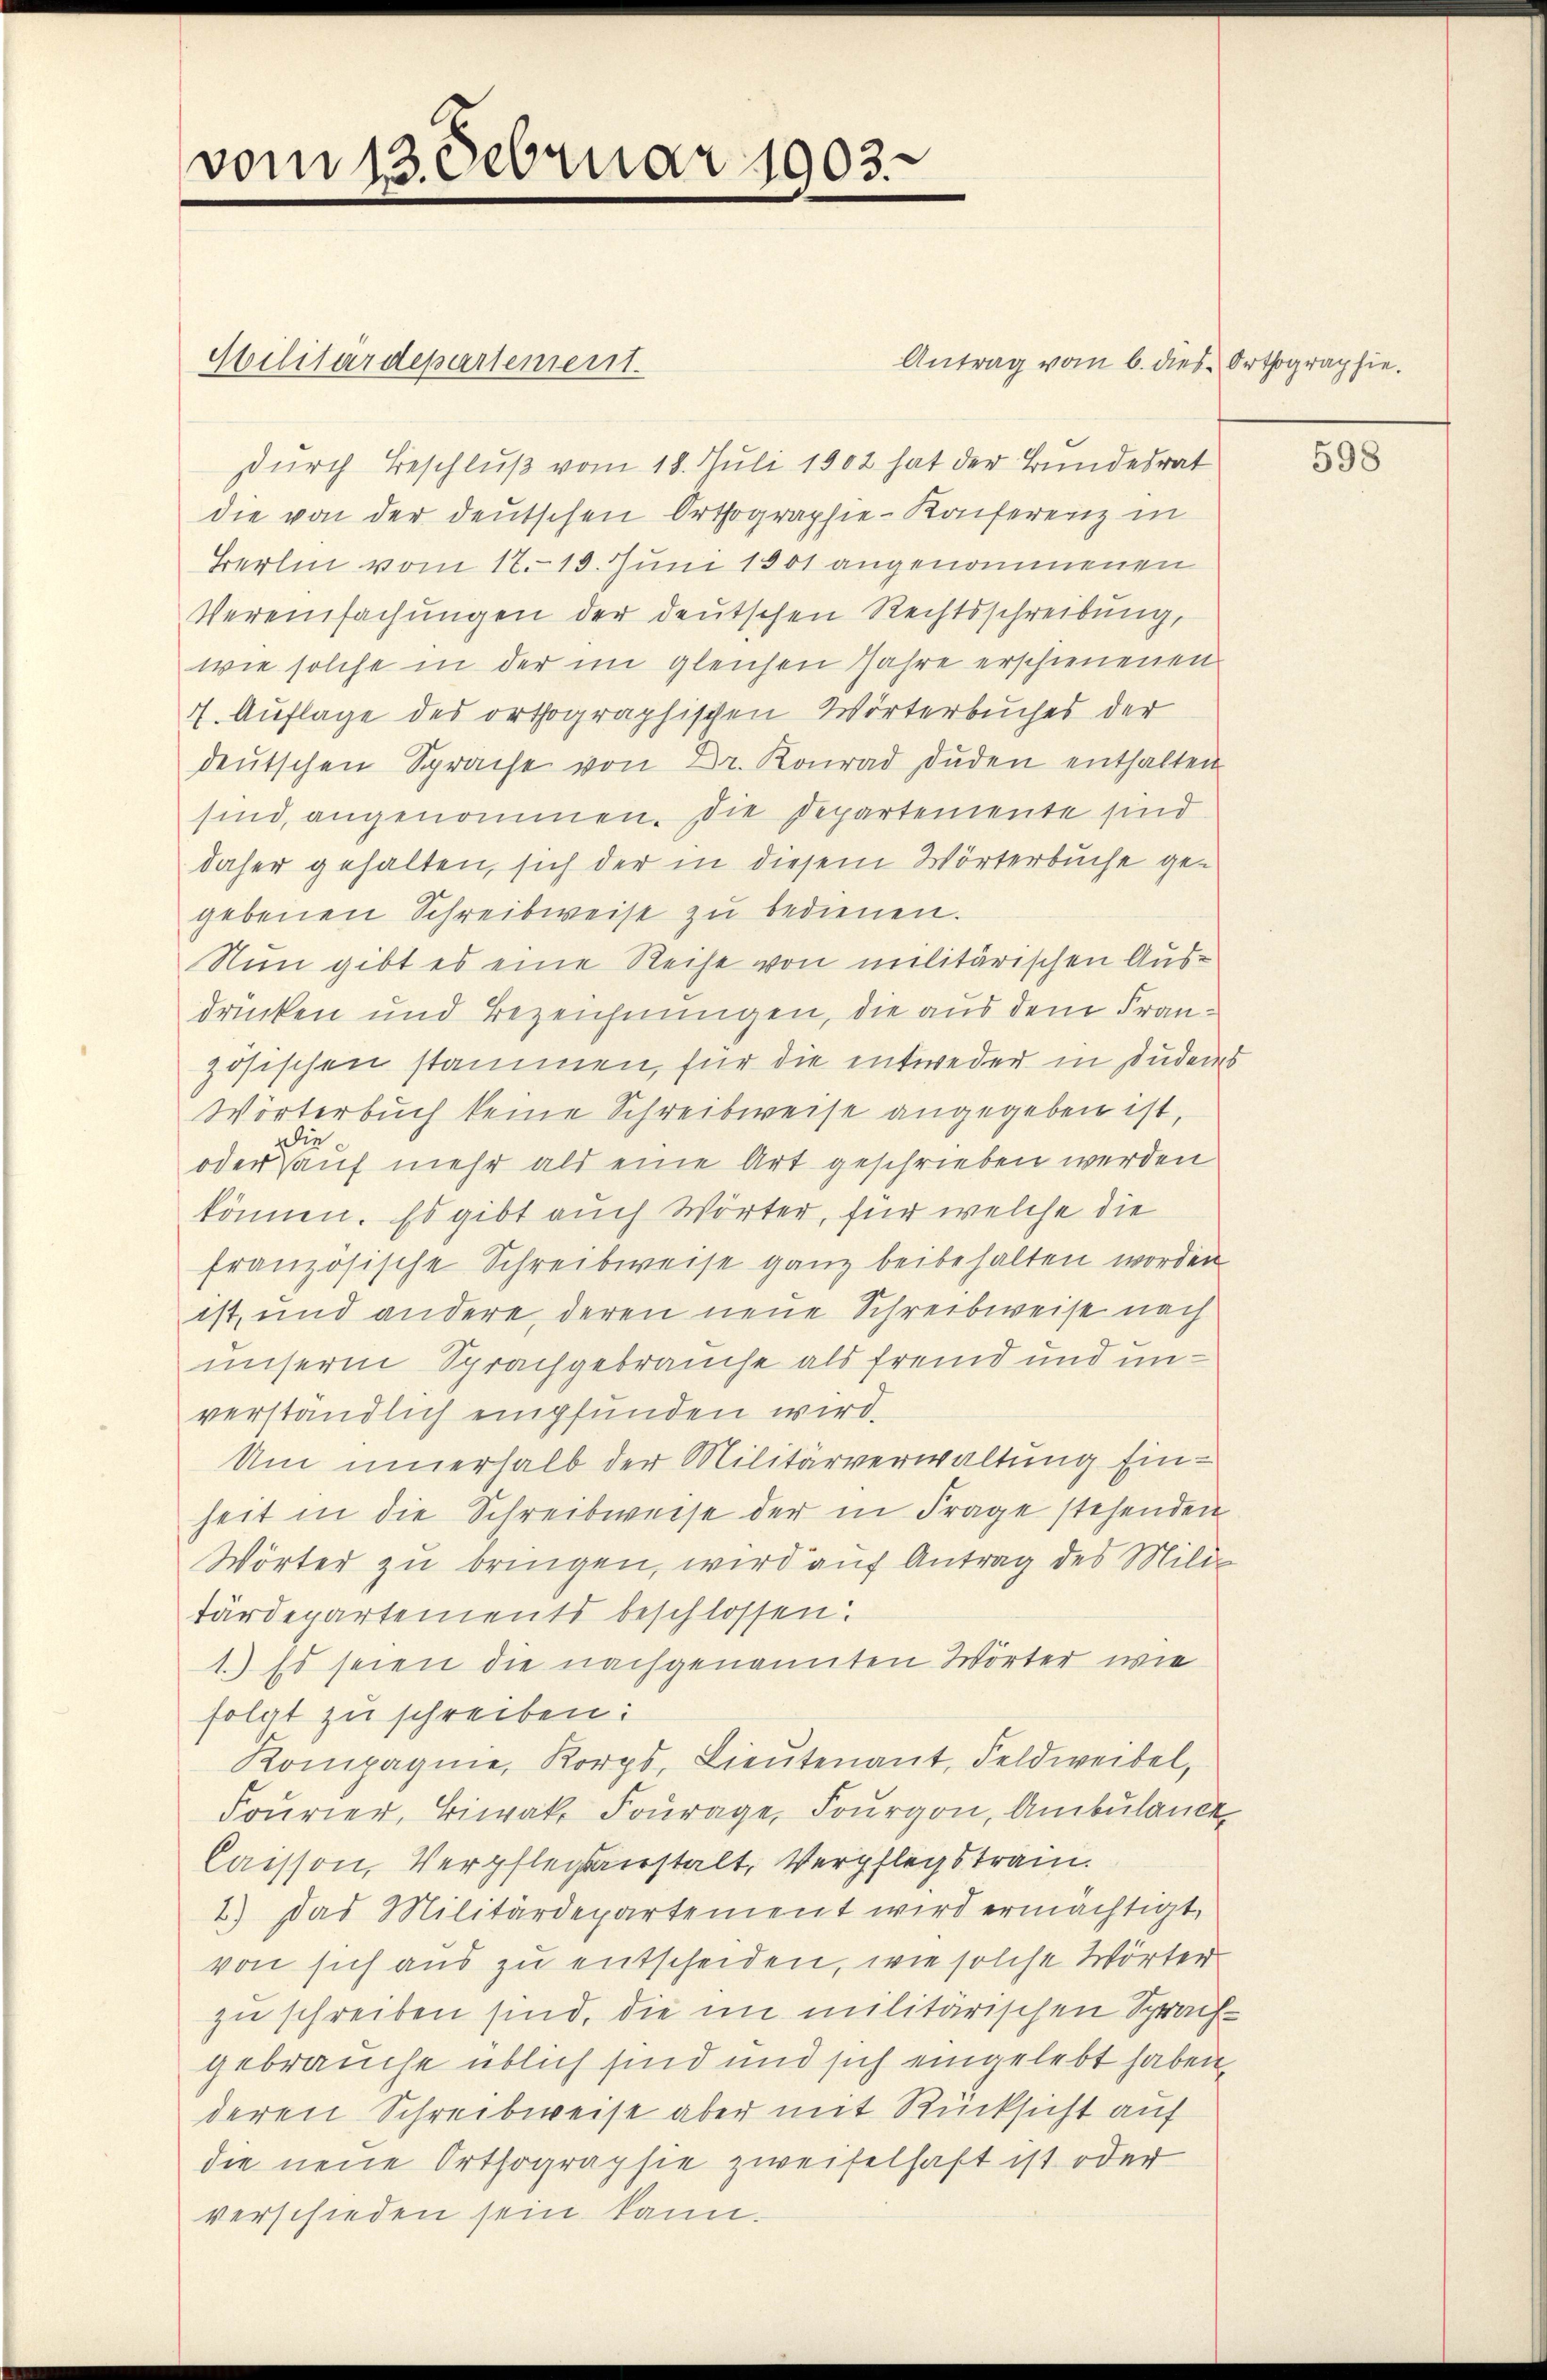
vom 13. Februar 1903.

Antrag vom 6. dies Orthographie.
Militärdepartement.
durch Beschluß vom 18. Juli 1902 hat der Bundesrat
die von der deutschen Orthographie-Konferenz in
Berlin vom 17. 15. Juni 1901 angenommenen
Vereinfachungen der deutschen Rechtsschreibung,
wie solche in der im gleichen Jahre erschienenen
7. Auflage des orthographischen Wörterbuches der
deŭtschen Sprache von Dr. Konrad Dŭden enthalten.
sind, angenommen. Die Departemente sind
daher gehalten, sich der in diesem Wörterbuche gegebenen Schreibweise zu bedienen.
Nun gibt es eine Reihe von militärischen Ausdrücken und Bezeichnungen, die aus dem Französischen stammen, für die entweder in Duders
Wörterbuch keine Schreibweise angegeben ist,
ddie
oder auf mehr als eine Art geschrieben werden
können. Es gibt auch Wörter, für welche die
französische Schreibweise ganz beibehalten worden
ist, und andere, deren neue Schreibweise nach
unserm Sprachgebrauche als fremd und unverständlich empfunden wird.
Um innerhalb der Militärverwaltung Einheit in die Schreibweise der in Frage stehenden
Wörter zu bringen, wird auf Antrag des Militärdepartements beschlossen:
1.) Es seien die nachgenannten Wörter wie
folgt zu schreiben:
Kompagnie, Korps, Lieutenant, Feldweibel,
Fourier, Biwak Fourage, Fourgon, Ambulance
Caesson, Verpflegsanstalt, Verpflegstrain.
2.) Das Militärdepartement wird ermächtigt,
von sich aus zu entscheiden, wie solche Wörter
zu schreiben sind, die im militärischen Sprachgebrauche üblich sind und sich eingelebt haben.
deren Schreibweise aber mit Rücksicht auf
die neue Orthographie zweifelhaft ist oder
verschieden sein kann.

598